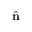
\hat { \mathbf { n } }